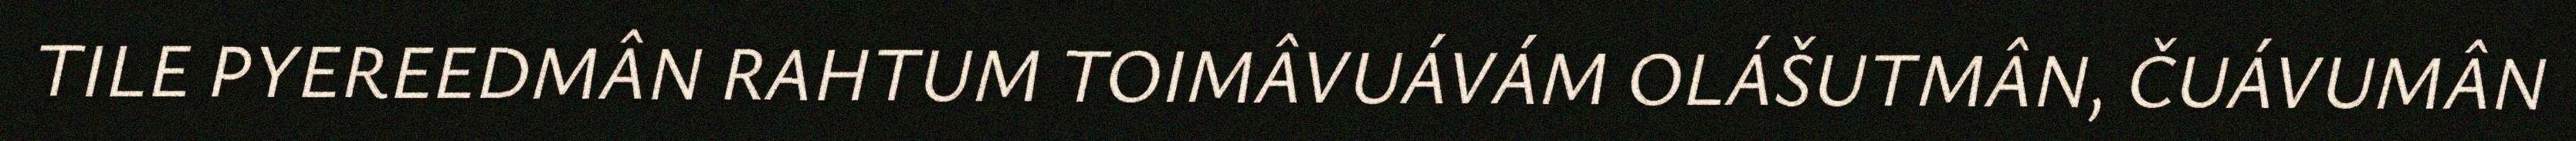
TILE PYEREEDMÂN RAHTUM TOIMÂVUÁVÁM OLÁŠUTMÂN, ČUÁVUMÂN